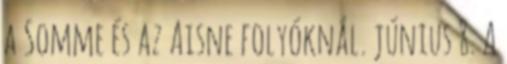
a Somme és az Aisne folyóknál. június 8. A